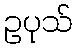
ဥပုသ်